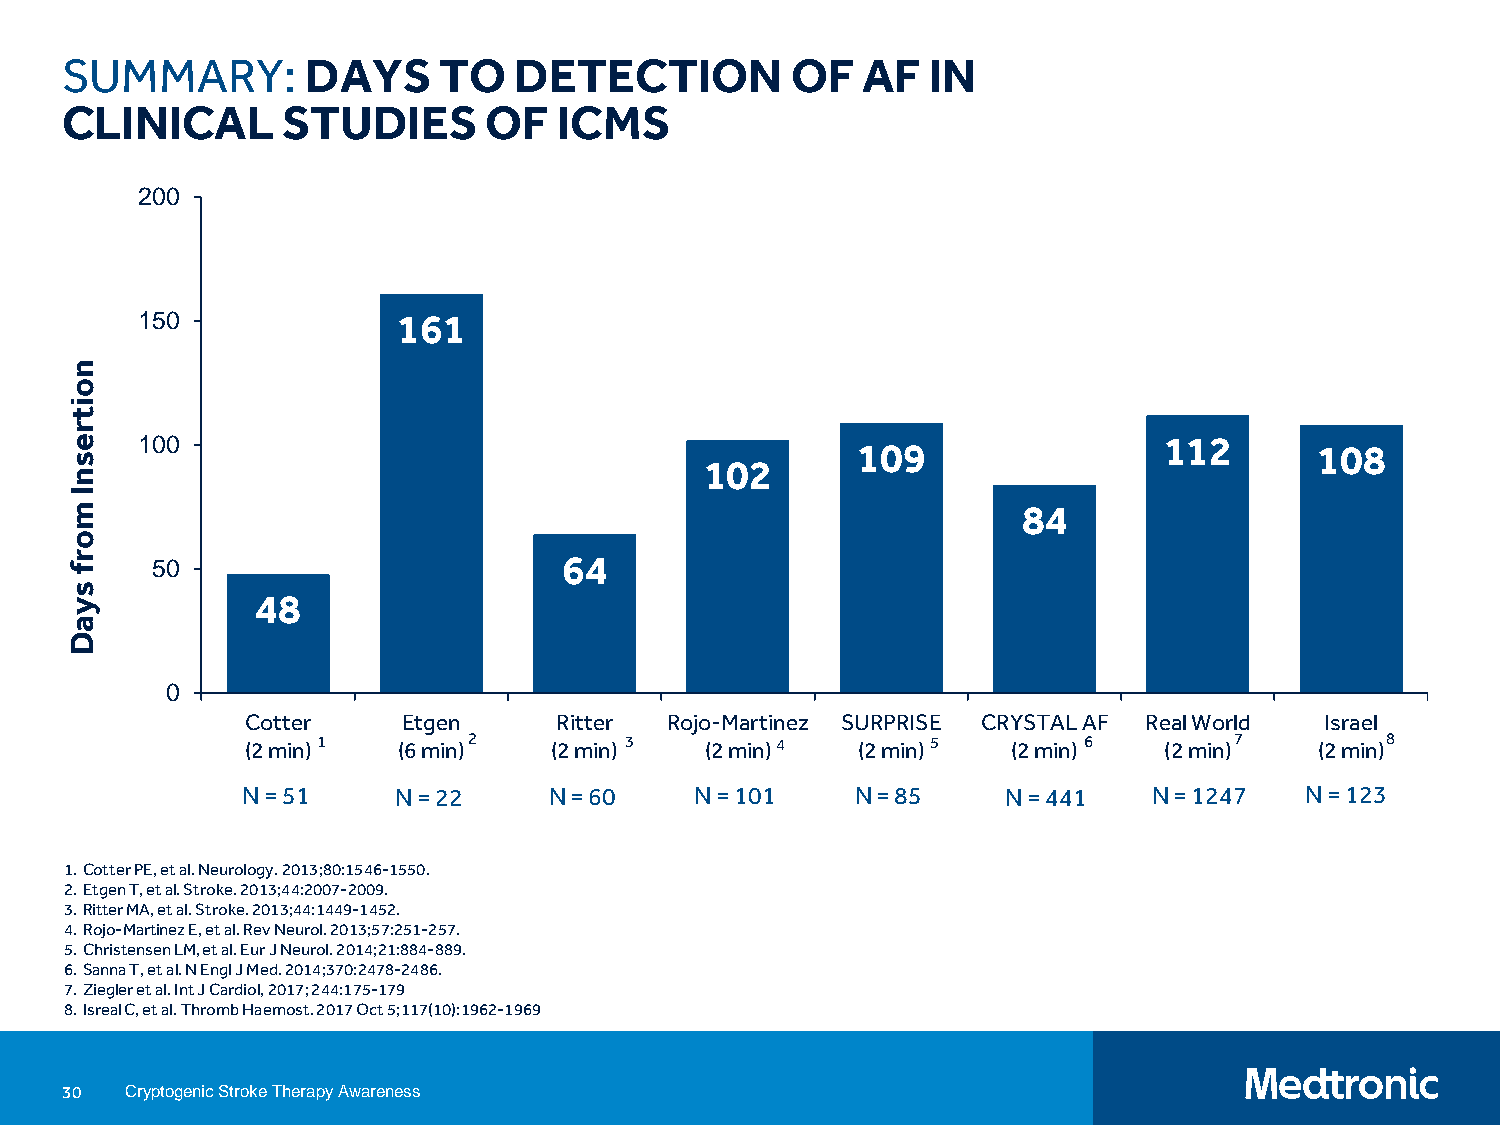
SUMMARY:        DAYS     TO   DETECTION         OF   AF  IN
 CLINICAL       STUDIES      OF   ICMS
 200
 150              161
 100                                             109                 112       108
 102
 84
 64
 50
 48
 0
 Cotter     Etgen     Ritter Rojo-Martinez SURPRISE CRYSTAL AF Real World Israel
 (2 min)1  (6 min)2  (2 min) 3  (2 min)4  (2 min)5  (2 min)6  (2 min)7  (2 min)8
 N = 51    N = 22    N = 60    N = 101    N = 85    N = 441  N = 1247  N = 123
 1.Cotter PE, et al. Neurology. 2013;80:1546-1550.
 2.Etgen T, et al. Stroke. 2013;44:2007-2009.
 3.Ritter MA, et al. Stroke. 2013;44:1449-1452.
 4.Rojo-Martinez E, et al. Rev Neurol. 2013;57:251-257.
 5.Christensen LM, et al. Eur J Neurol. 2014;21:884-889.
 6.Sanna T, et al. N Engl J Med. 2014;370:2478-2486.
 7.Ziegler et al. IntJ Cardiol, 2017; 244:175-179
 8.Isreal C, et al. ThrombHaemost. 2017 Oct 5;117(10):1962-1969
 30  Cryptogenic Stroke Therapy Awareness
 noitresnI
 morf
 syaD